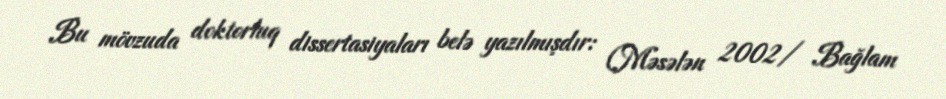
Bu mövzuda doktorluq dissertasiyaları belə yazılmışdır: (Məsələn 2002/ Bağlam